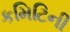
કમિટિની